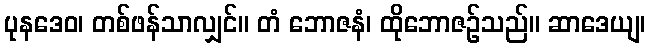
ပုနဒေဝ၊ တစ်ဖန်သာလျှင်။ တံ ဘောဇနံ၊ ထိုဘောဇဉ်သည်။ ဆာဒေယျ၊